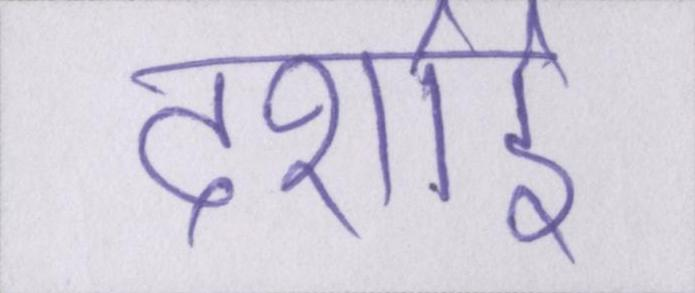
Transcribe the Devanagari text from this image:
दर्शाई